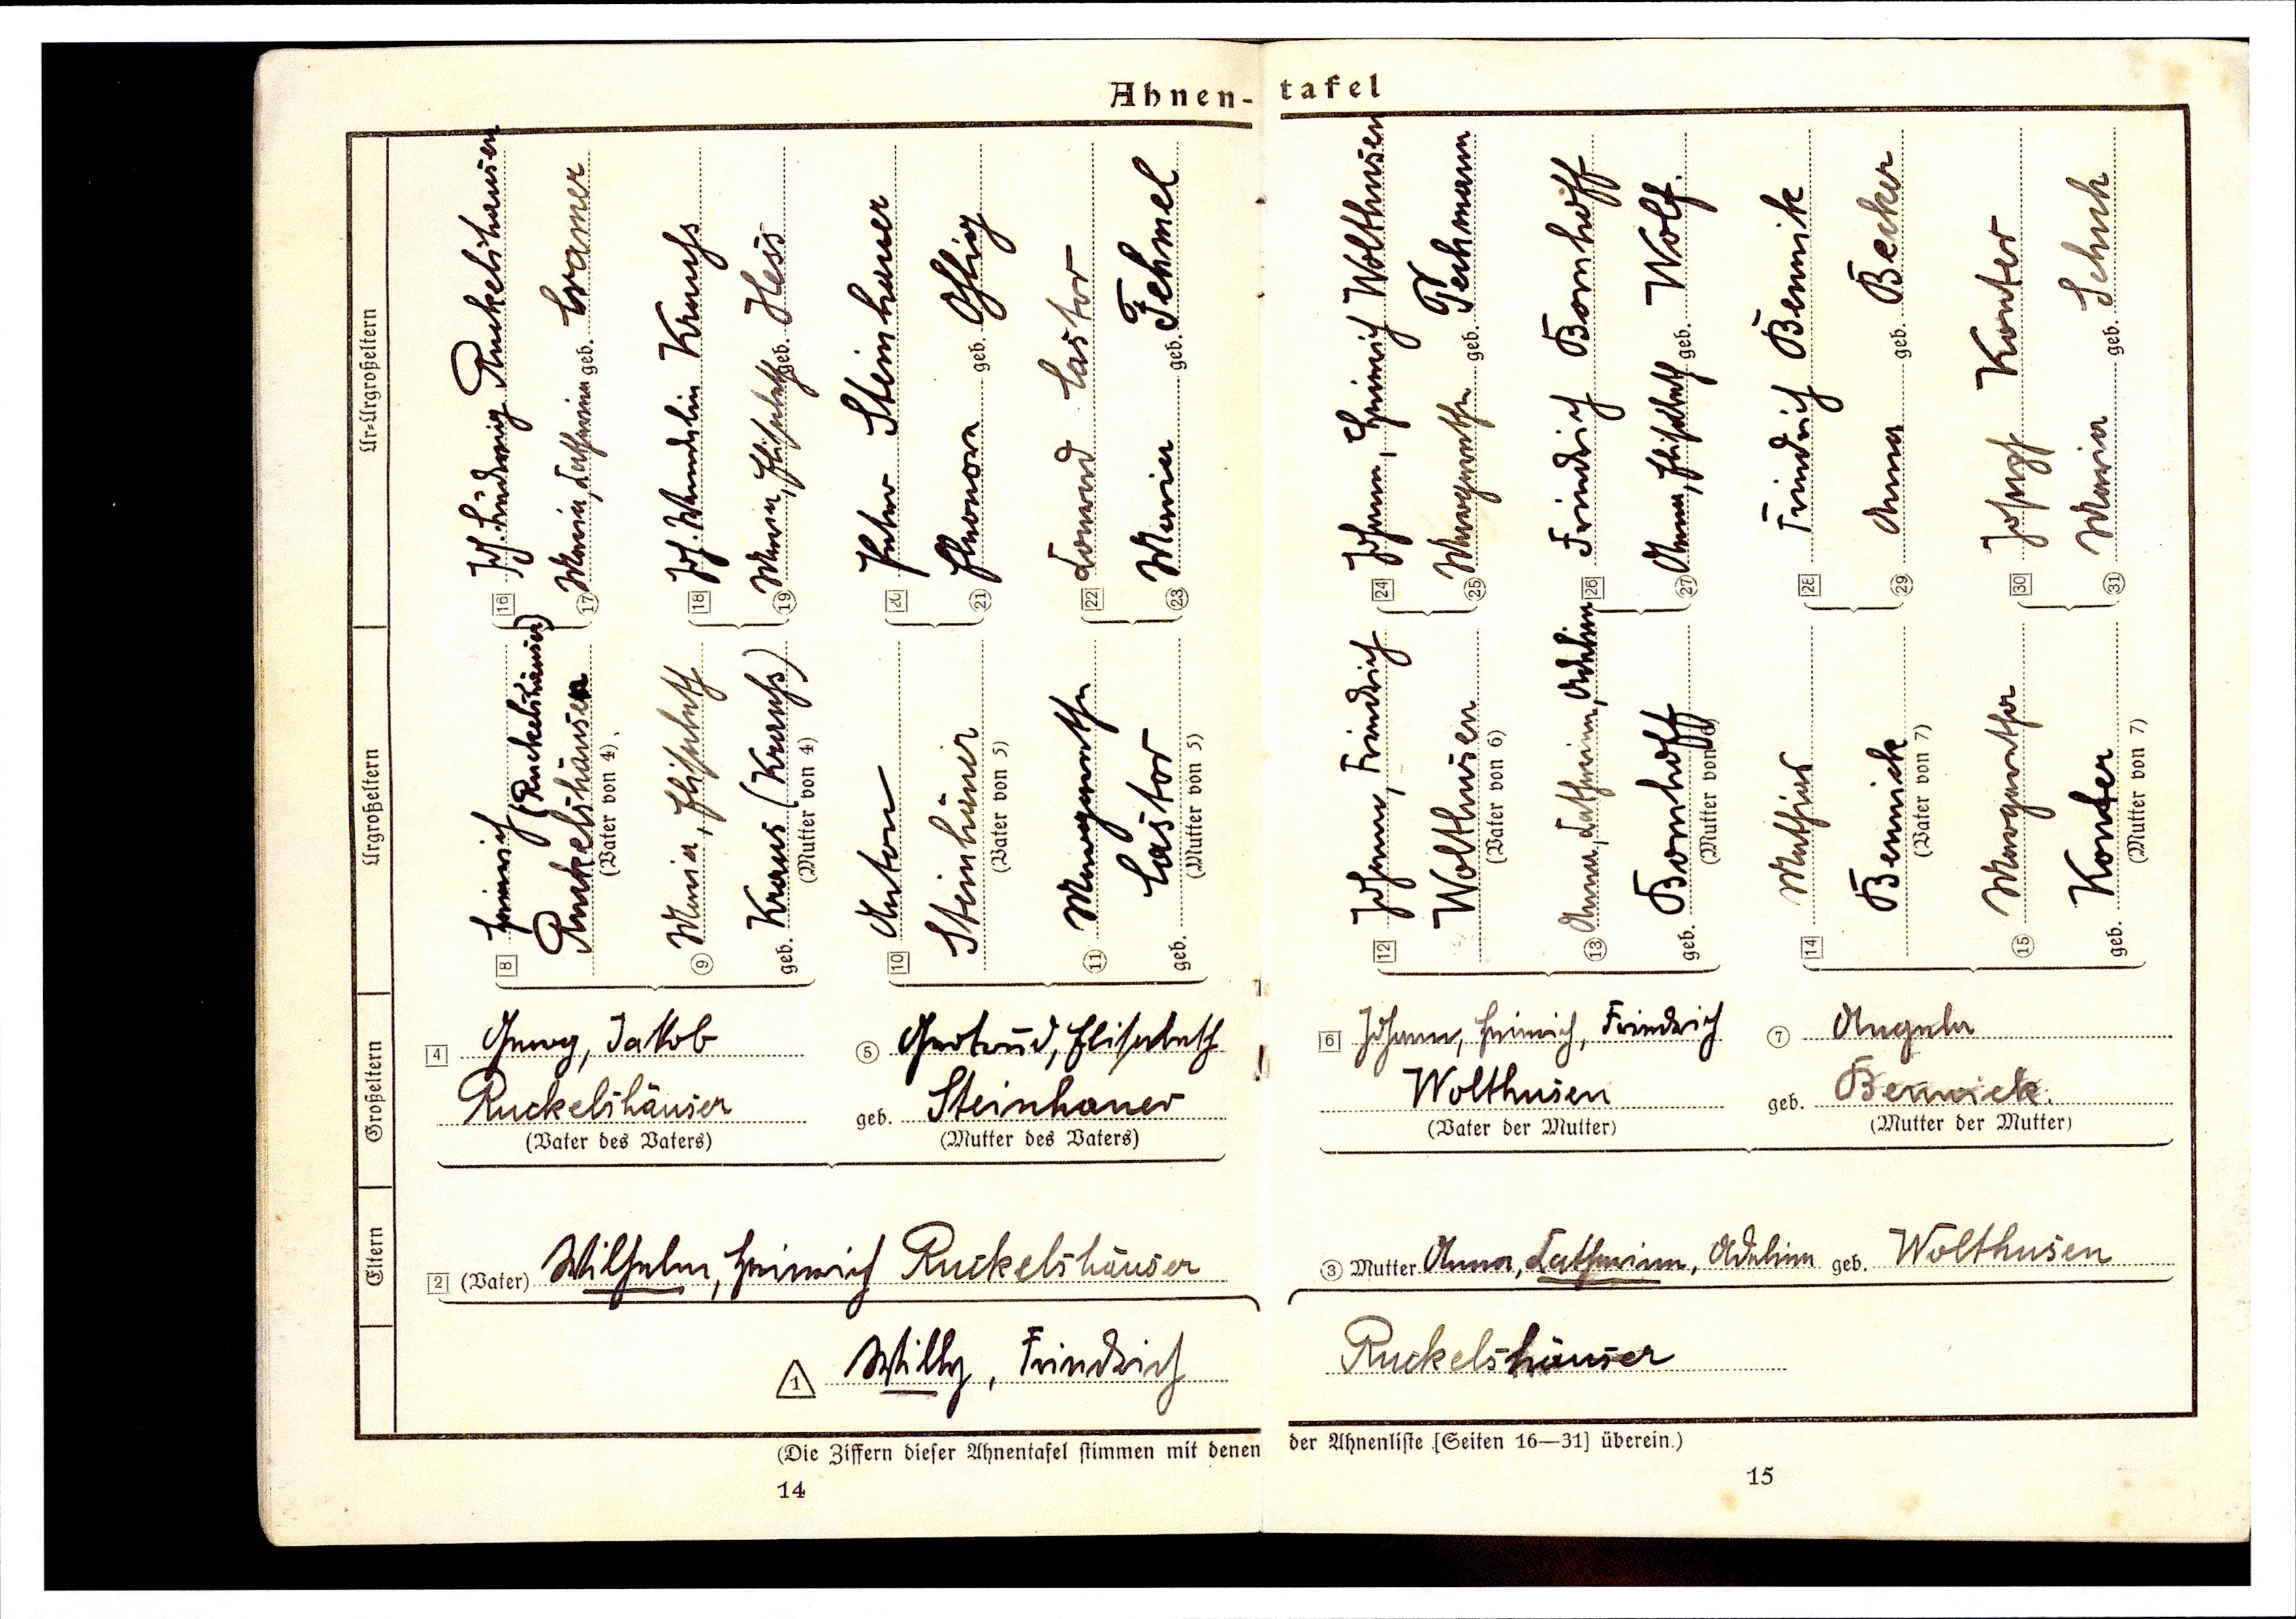
24 Johann, Heinrich Wolthusen
25 Margarethe geb. Techmann
26 Friedrich Bornhoff
29 Anna geb. Becker
31 Maria geb. Schuh
27 Anna, Elisabeth geb. Wolf.
23 Maria geb. Fehmel
28 Friedrich Bennick
20 Peter Steinhauer
21 Eleonora geb. Ohlig
30 Joseph Konter
22 Conrad Lastor
13 Anna, Catharina, Adelien
12 Johann, Friedrich
8 Heinrich
8 (Ruckelshauser)
8 Ruckelshausen
9 Maria, Elisabeth
11 Margarethe
9 Kraus (Krahs)
15 Margaretha
16 Joh. Ludwig Ruckelshausen
17 Maria, Catharina geb. Kramer
12 Wolthusen
13 Bornhoff
18 Joh. Wendelin Krauhs
19 Maria, Elisabeth geb. Hess
15 Konter
10 Steinhauer
14 Bennick
11 Lastor
14 Mathias
10 Anton
6 Johann, Heinrich, Friedrich
7 Angela
5 Gertrud, Elisabeth
4 Georg, Jabob
7 Bennick
6 Wolthusen
5 Steinhauer
4 Ruckelshauser
3 Anna, Catharina, Adelina geb. Wolthusen
2 Wilhelm, Heinrich Ruckelshäuser
1 Ruckelshäuser
1 Willy, Friedrich